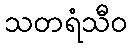
သတရံသီဝ